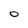
Character: O